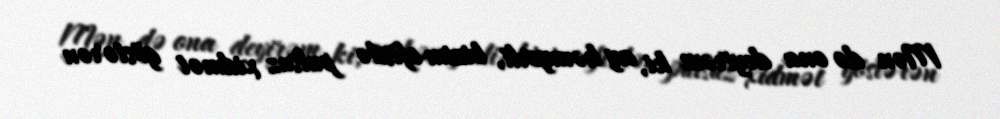
Mən də ona deyirəm ki, ay həmyerli, bizim ofisdə pulsuz xidmət göstərən